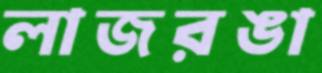
লাজরঙা